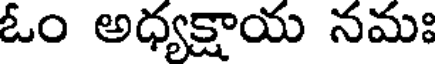
ఓం అధ్యక్షాయ నమః